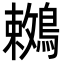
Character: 𪅙